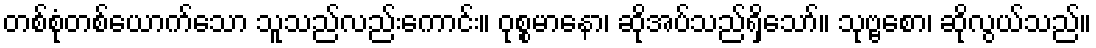
တစ်စုံတစ်ယောက်သော သူသည်လည်းကောင်း။ ဝုစ္စမာနော၊ ဆိုအပ်သည်ရှိသော်။ သုဗ္ဗစော၊ ဆိုလွယ်သည်။